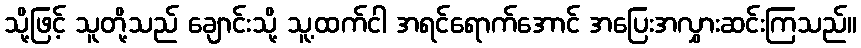
သို့ဖြင့် သူတို့သည် ချောင်းသို့ သူ့ထက်ငါ အရင်ရောက်အောင် အပြေးအလွှားဆင်းကြသည်။